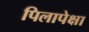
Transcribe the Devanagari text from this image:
पिलापेक्षा